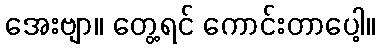
အေးဗျာ။ တွေ့ရင် ကောင်းတာပေါ့။